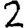
Digit: 2